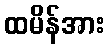
ထမိန်အား